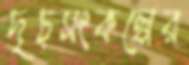
দৃঢ়সংকল্পের